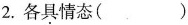
2.各具情态（）